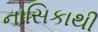
નાસિકાથી